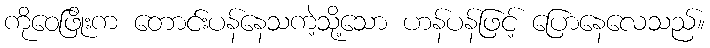
ကိုဝေဖြိုးက တောင်းပန်နေသကဲ့သို့သော ဟန်ပန်ဖြင့် ပြောနေလေသည်။